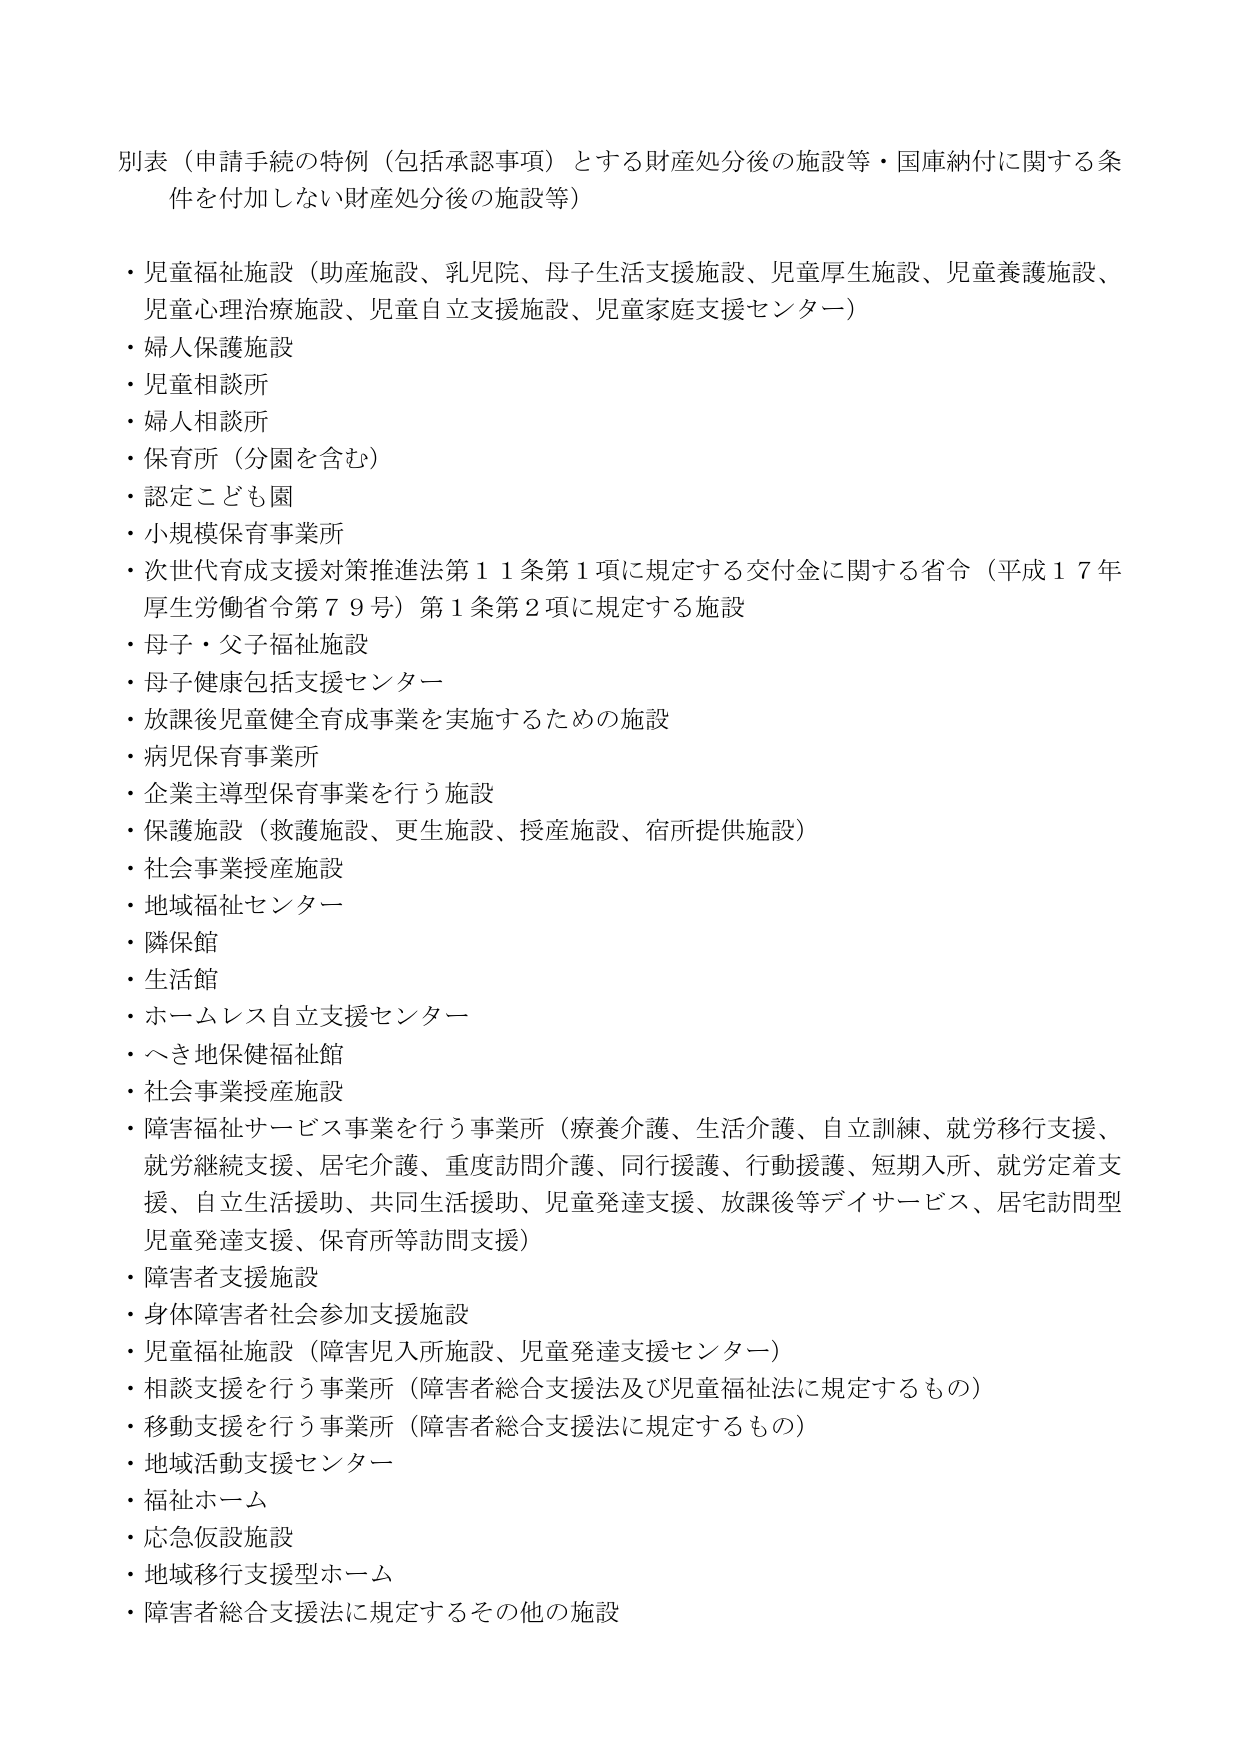
別表（申請手続の特例（包括承認事項）とする財産処分後の施設等・国庫納付に関する条件を付加しない財産処分後の施設等）

・児童福祉施設（助産施設、乳児院、母子生活支援施設、児童厚生施設、児童養護施設、児童心理治療施設、児童自立支援施設、児童家庭支援センター）
・婦人保護施設
・児童相談所
・婦人相談所
・保育所（分園を含む）
・認定こども園
・小規模保育事業所
・次世代育成支援対策推進法第11条第1項に規定する交付金に関する省令（平成17年厚生労働省令第79号）第1条第2項に規定する施設
・母子・父子福祉施設
・母子健康包括支援センター
・放課後児童健全育成事業を実施するための施設
・病児保育事業所
・企業主導型保育事業を行う施設
・保護施設（救護施設、更生施設、授産施設、宿所提供施設）
・社会事業授産施設
・地域福祉センター
・隣保館
・生活館
・ホームレス自立支援センター
・へき地保健福祉館
・社会事業授産施設
・障害福祉サービス事業を行う事業所（療養介護、生活介護、自立訓練、就労移行支援、就労継続支援、居宅介護、重度訪問介護、同行援護、行動援護、短期入所、就労定着支援、自立生活援助、共同生活援助、児童発達支援、放課後等デイサービス、居宅訪問型児童発達支援、保育所等訪問支援）
・障害者支援施設
・身体障害者社会参加支援施設
・児童福祉施設（障害児入所施設、児童発達支援センター）
・相談支援を行う事業所（障害者総合支援法及び児童福祉法に規定するもの）
・移動支援を行う事業所（障害者総合支援法に規定するもの）
・地域活動支援センター
・福祉ホーム
・応急仮設施設
・地域移行支援型ホーム
・障害者総合支援法に規定するその他の施設